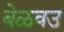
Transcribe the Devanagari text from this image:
बेळवउ